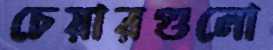
চেয়ারগুলো